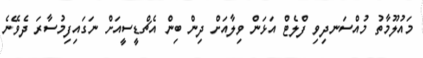
މައުލޫމާތު މުއްސަނދިވި ފްލެޓް އަޅަން ވިލާއަށް ދިން ބިން އެޗްޑީސީއަށް ނަގައިފިމުސާރަ ދެވޭނެ